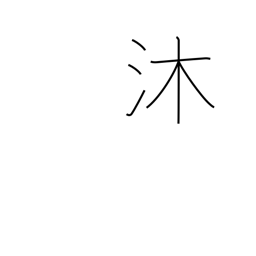
Meaning: wash